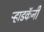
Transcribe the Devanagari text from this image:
ऱ्हाडकॅनी